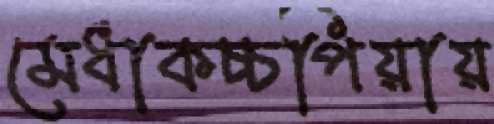
মেধাকচ্চপিয়ায়